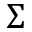
\Sigma